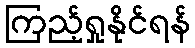
ကြည့်ရှုနိုင်ရန်